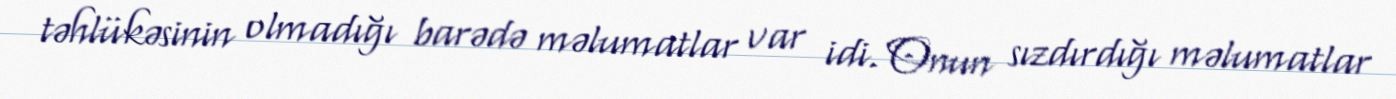
təhlükəsinin olmadığı barədə məlumatlar var idi. Onun sızdırdığı məlumatlar